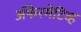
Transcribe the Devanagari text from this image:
अॅफेरमेटिव्ह